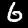
Label: 6